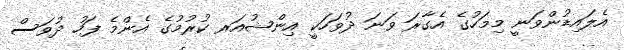
އެލައިޑުންވަނީ މިމަހުގެ އެގާރަ ވަނަ ދުވަހަކީ އިންޝުއަރ ކުރުމުގެ އެންމެ ފަހު ދުވަސް